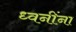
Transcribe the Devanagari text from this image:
ध्वनींना